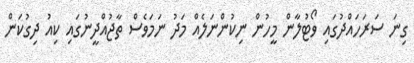
ގިނަ ސަރަހައްދުގައި ވޯޓުލާން މީހުން ނިކުންނަލެއް މަދު ނަމަވެސް ތާޖުއްދީނުގައި ކިއު ދިގުކަން